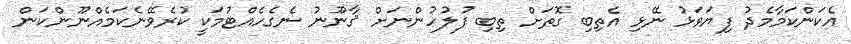
އެކަންކަމާމެދު ފިޔަވަޅު ނޭޅި އެތިބި ގޮތަށް ތިބި ފުލުހުންނަށް ޤާނޫނު ނެގެހެއްޓުމަކީ ކުރެވޭނެކަމެއްނޫންކަން